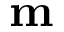
\mathbf { m }